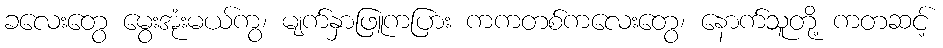
ခလေးတွေ မွေးအုံးမယ်ကွ၊ မျက်နှာဖြူကပြား ကကတစ်ကလေးတွေ၊ နောက်သူတို့ ကတဆင့်